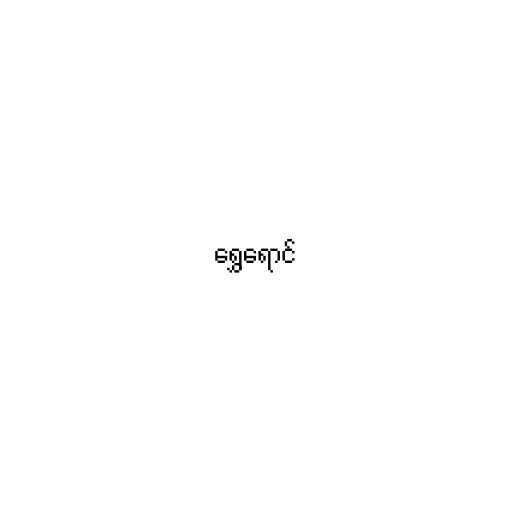
ရွှေရောင်